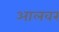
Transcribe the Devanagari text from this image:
आलवर